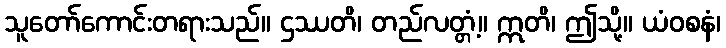
သူတော်ကောင်းတရားသည်။ ဌဿတိ၊ တည်လတ္တံ့။ ဣတိ၊ ဤသို့။ ယံဝစနံ၊